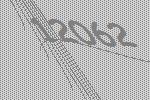
12062